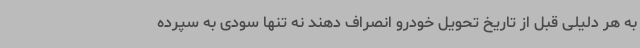
به هر دلیلی قبل از تاریخ تحویل خودرو انصراف دهند نه تنها سودی به سپرده